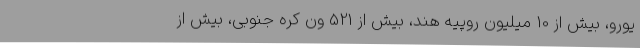
یورو، بیش از 10 میلیون روپیه هند، بیش از 521 ون کره جنوبی، بیش از